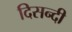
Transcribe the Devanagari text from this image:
दिसन्दी